Note on the mental hospitals in Burma - 1925-1940
Year: 1925
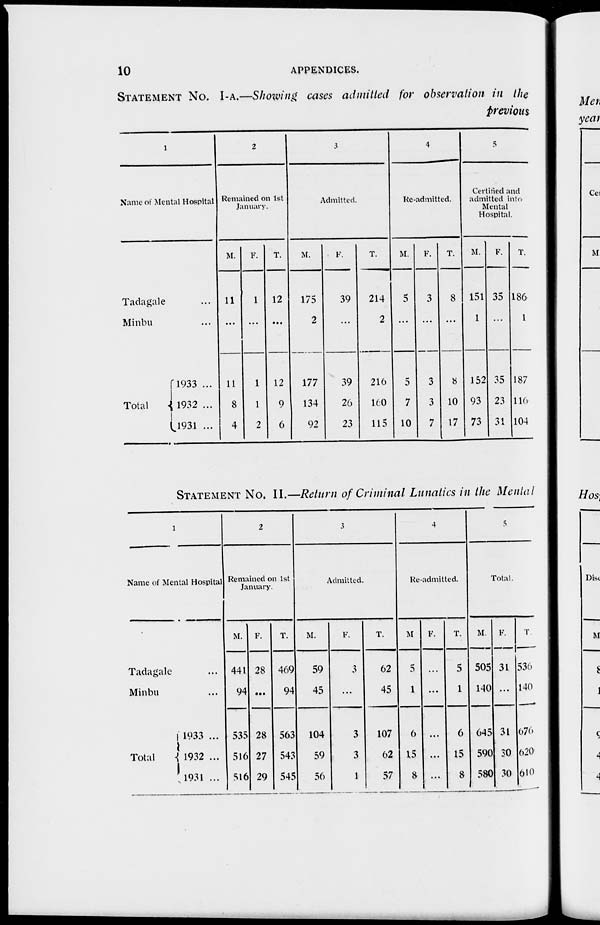
10
APPENDICES.
STATEMENT No. I-A.—Showing cases admitted for observation in the
Previous
1
Name of Mental Hospital
Tadagale ...
Minbu ...
Total
1933 ...
1932 ...
1931 ...
2
Remained on 1st
January.
M.
11
...
11
8
4
F.
1
...
1
1
2
T.
12
...
12
9
6
3
Admitted.
M.
175
2
177
134
92
F.
39
...
39
26
23
T.
214
2
216
160
115
4
Re-admitted.
M.
5
...
5
7
10
F.
3
...
3
3
7
T.
8
...
8
10
17
5
Certified and
admitted into
Mental
Hospital.
M.
151
1
152
93
73
F.
35
...
35
23
31
T.
186
1
187
116
104
STATEMENT No. II.—Return of Criminal Lunatics in the Mental
1
Name of Mental Hospital
Tadagale ...
Minbu ...
Total
1933 ...
1932 ...
1931 ...
2
Remained on 1st
January.
M.
441
94
535
516
516
F.
28
...
28
27
29
T.
469
94
563
543
545
3
Admitted.
M.
59
45
104
59
56
F.
3
...
3
3
1
T.
62
45
107
62
57
4
Re-admitted.
M
5
1
6
15
8
F.
...
...
...
...
...
T.
5
1
6
15
8
5
Total.
M.
505
140
645
590
580
F.
31
...
31
30
30
T
536
140
676
620
610